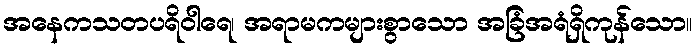
အနေကသတပရိဝါရေ၊ အရာမကများစွာသော အခြံအရံရှိကုန်သော။